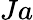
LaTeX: Ja